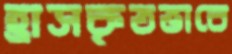
হ্রাসকৃতভাবে